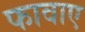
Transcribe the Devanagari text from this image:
फावाए